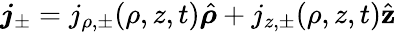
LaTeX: \boldsymbol{j}_{\pm}=j_{\rho,\pm}(\rho,z,t)\hat{\boldsymbol{\rho}}+j_{z,\pm}(\rho,z,t)\hat{\mathbf{z}}